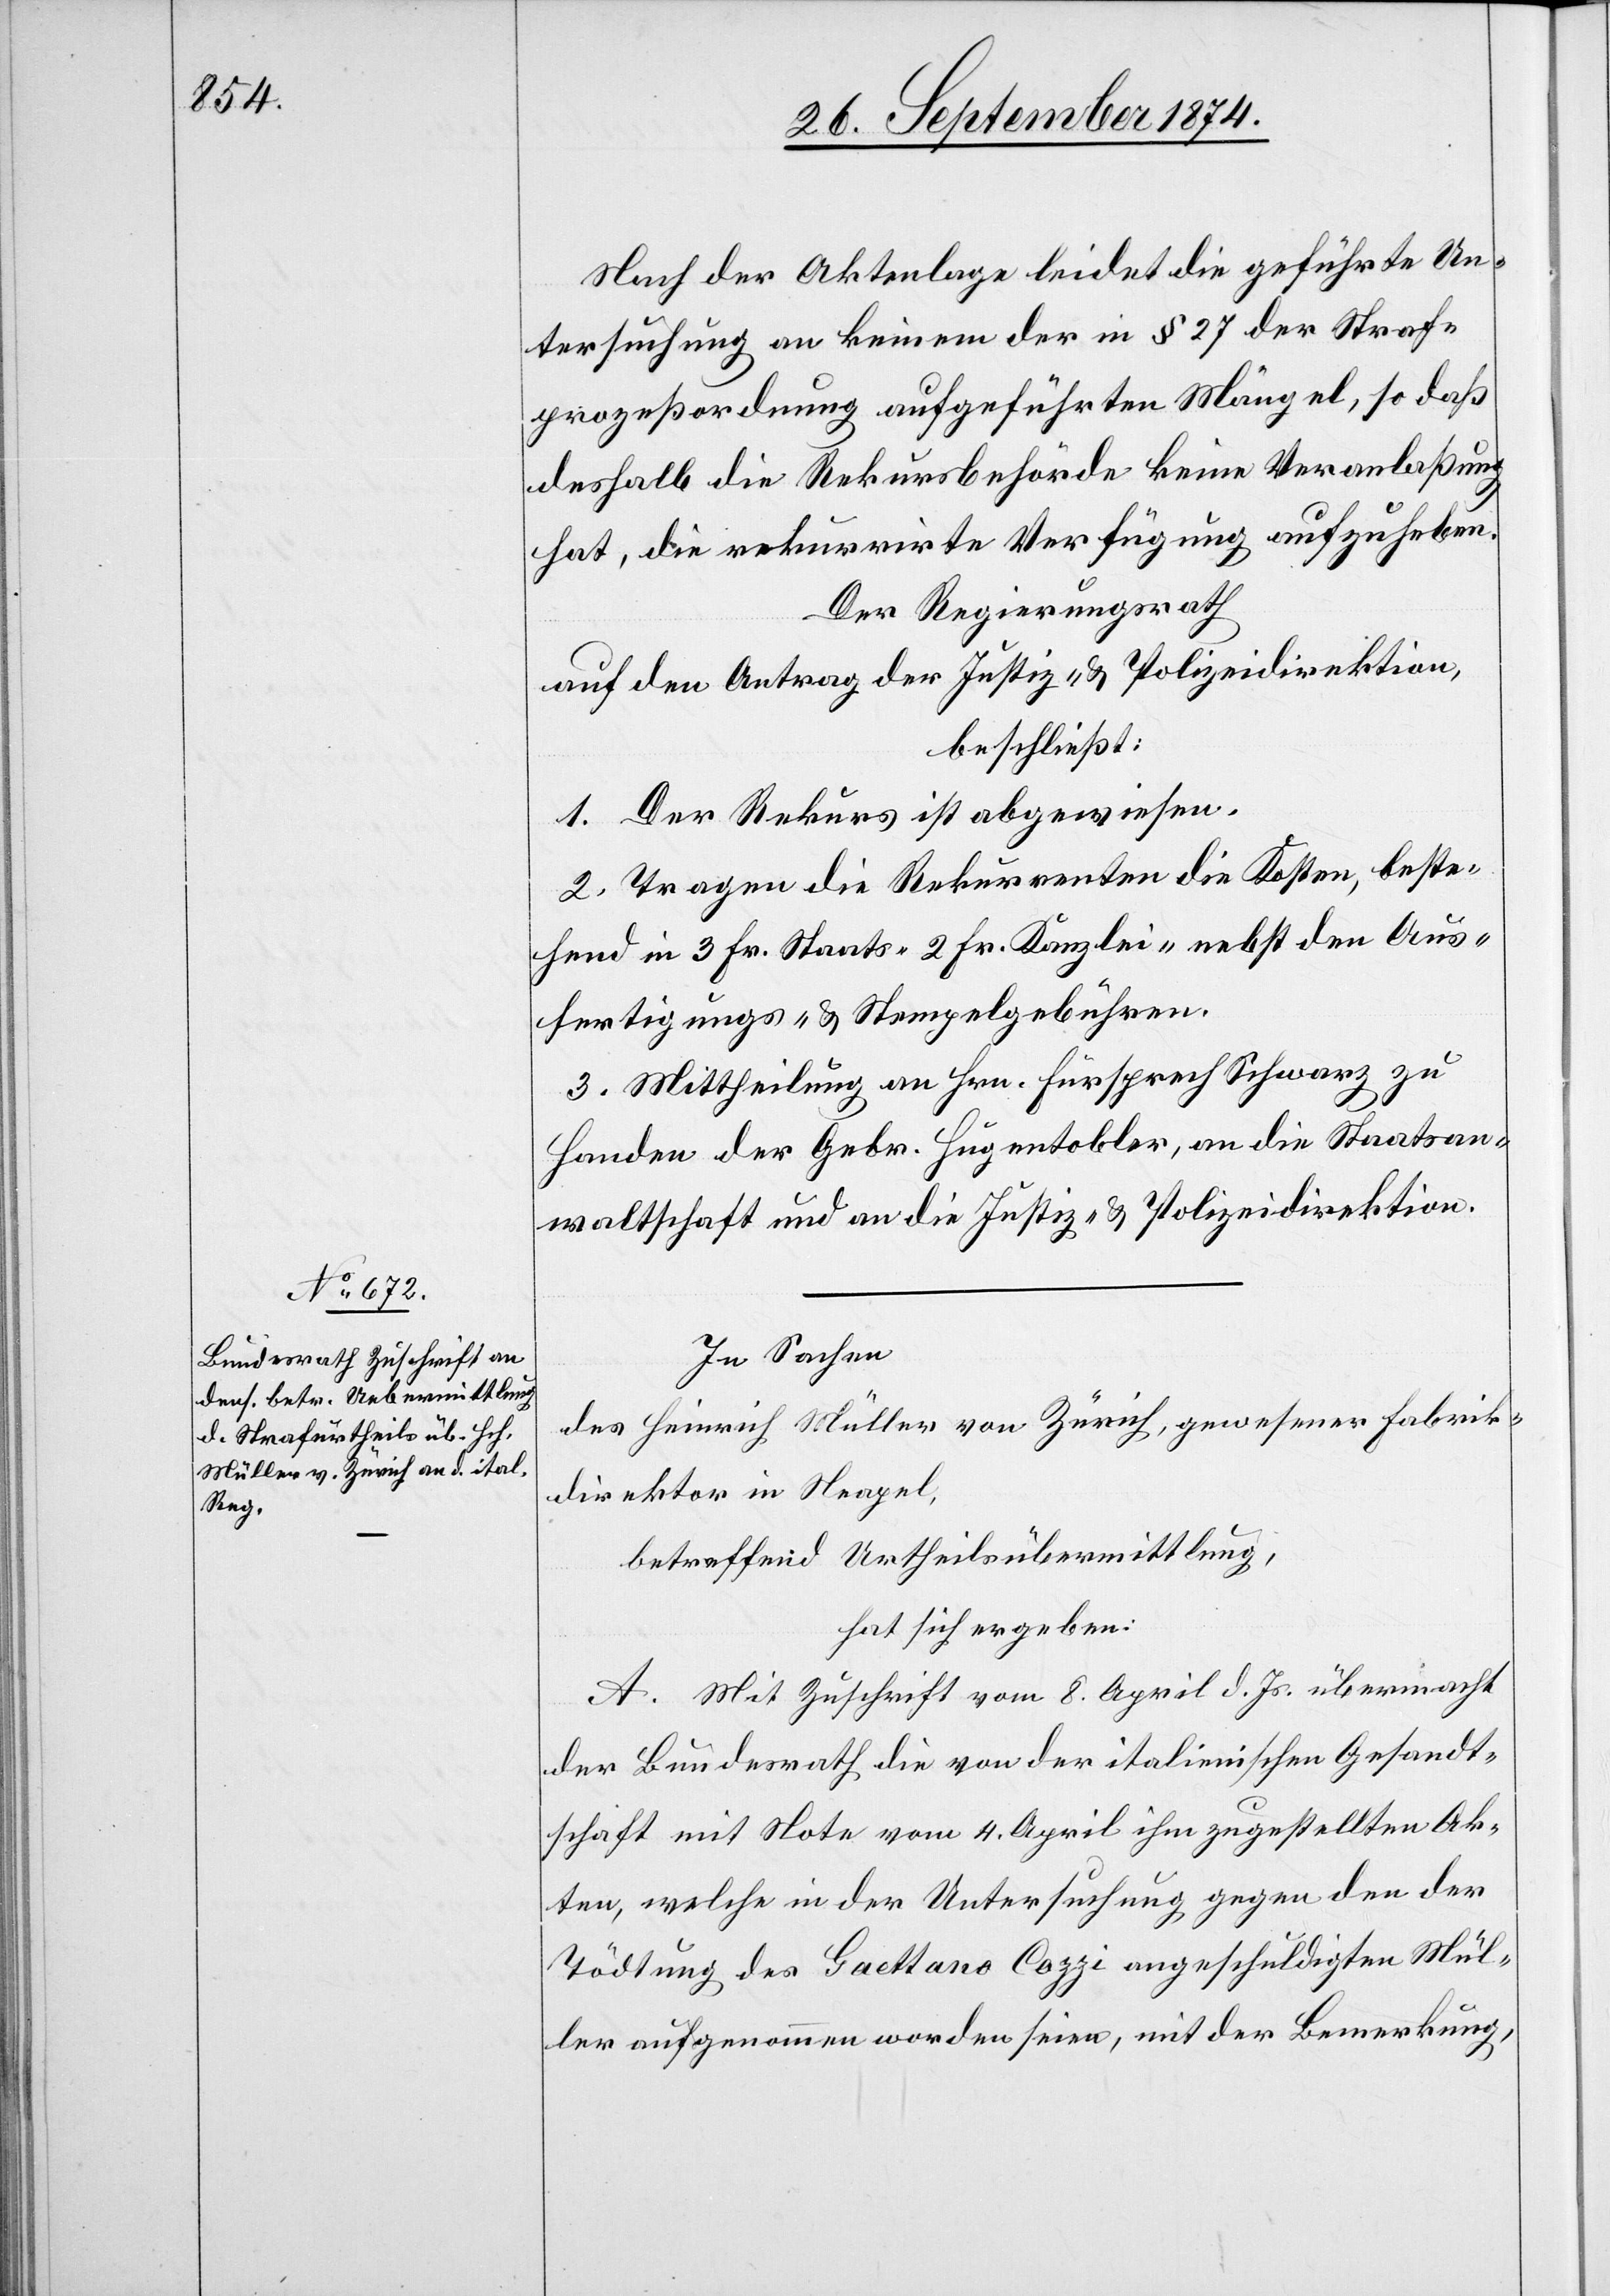
Nach der Aktenlage leidet die geführte Un¬
tersuchung an keinem der in § 27 der Straf¬
prozeßordnung aufgeführten Mängel, so daß
deshalb die Rekursbehörde keine Veranlaßung
hat, die rekurrirte Verfügung aufzuheben.
Der Regierungsrath
auf den Antrag der Justiz- & Polizeidirektion,
beschließt:
1. Der Rekurs ist abgewiesen.
2. Tragen die Rekurrenten die Kosten, beste¬
hend in 3 Fr. Staats- [,] 2 Fr. Kanzlei- nebst den Aus¬
fertigungs- & Stempelgebühren.
3. Mittheilung an Hrn. Fürsprech Schwarz zu
Handen der Gebr. Hugentobler, an die Staatsan¬
waltschaft und an die Justiz- & Polizeidirektion.
In Sachen
des Heinrich Müller von Zürich, gewesener Fabrik¬
direktor in Neapel,
betreffend Urtheilsübermittlung,
hat sich ergeben:
A. Mit Zuschrift vom 8. April d. Js. übermacht
der Bundesrath die von der italienischen Gesandt¬
schaft mit Note vom 4. April ihm zugestellten Ak¬
ten, welche in der Untersuchung gegen den der
Tödtung des Gaettano Cozzi angeschuldigten Mül¬
ler aufgenommen worden seien, mit der Bemerkung,